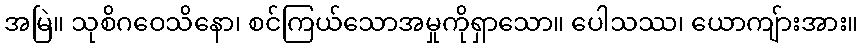
အမြဲ။ သုစိဂဝေသိနော၊ စင်ကြယ်သောအမှုကိုရှာသော။ ပေါသဿ၊ ယောကျ်ားအား။